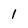
Character: 1